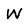
Character: W